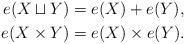
LaTeX: \begin{align*}e(X\sqcup Y)&=e(X)+e(Y), \\e(X\times Y)&=e(X)\times e(Y). \end{align*}